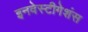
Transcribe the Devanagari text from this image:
इनवेस्टीगेशंस